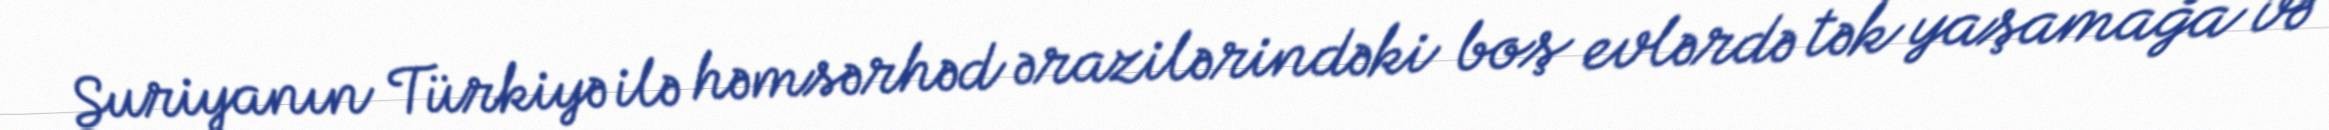
Suriyanın Türkiyə ilə həmsərhəd ərazilərindəki boş evlərdə tək yaşamağa və